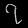
Digit: ၇